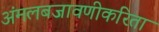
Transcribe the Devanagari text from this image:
अंमलबजावणीकरिता